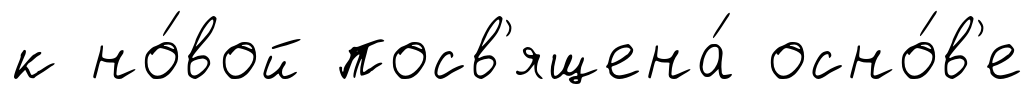
к но́вой посв'ящена́ осно́в'е